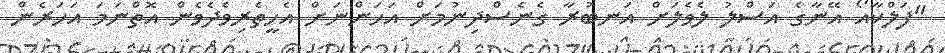
"ފަލްކާއޯ އޭނާގެ އަސްލު ލެވެލަށް އަނބުރާ ގެނެސްދިނުމަށް އަހަންނަަށް އެހީތެރިވެދެވެން އޮތްނަމަ އަހަރެން